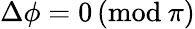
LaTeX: \Delta\phi=0\, (\mathrm{mod}\: \pi)